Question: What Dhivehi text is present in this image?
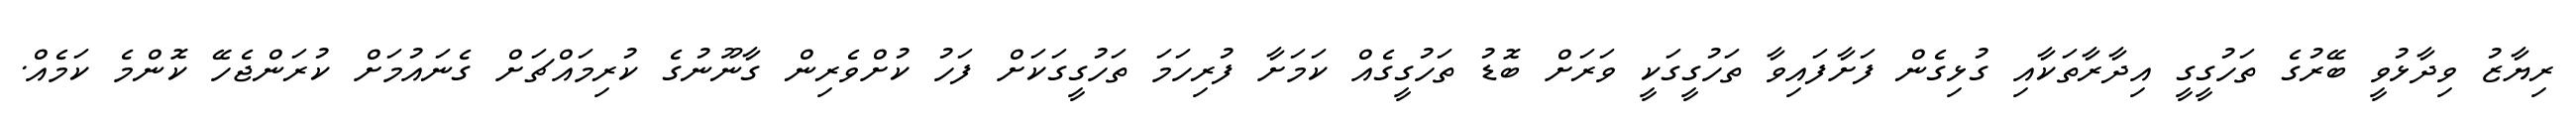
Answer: ރިޔާޒު ވިދާޅުވީ ބޭރުގެ ތަހުގީގީ އިދާރާތަކާއި ގުޅިގެން ފަށާފައިވާ ތަހުގީގަކީ ވަރަށް ބޮޑު ތަހުގީގެއް ކަމަށާ ފުރިހަމަ ތަހުގީގަކަށް ފަހު ކުށްވެރިން ގާނޫނުގެ ކުރިމައްޗަށް ގެނައުމަށް ކުރަންޖެހޭ ކޮންމެ ކަމެއް.